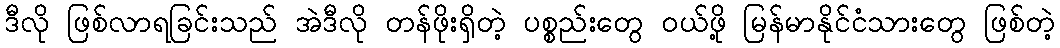
ဒီလို ဖြစ်လာရခြင်းသည် အဲဒီလို တန်ဖိုးရှိတဲ့ ပစ္စည်းတွေ ဝယ်ဖို့ မြန်မာနိုင်ငံသားတွေ ဖြစ်တဲ့